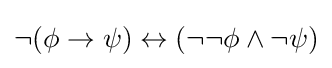
\neg (\phi \to \psi )\leftrightarrow (\neg \neg \phi \land \neg \psi )